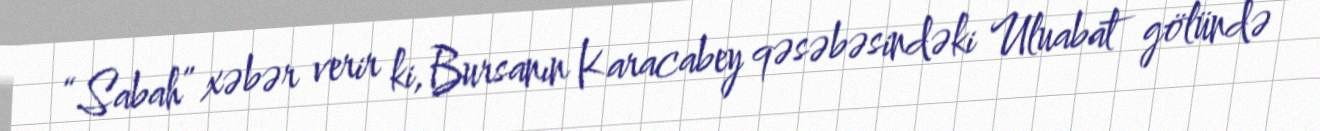
“Sabah” xəbər verir ki, Bursanın Karacabey qəsəbəsindəki Uluabat gölündə